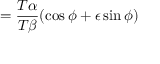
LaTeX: = { \frac { T \alpha } { T \beta } } ( \cos \phi + \epsilon \sin \phi )